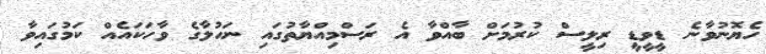
ހެޔޮނުވާނެ ޑީވީޑީ ރިލީސް ކުރުމަށް ބާއްވާ އެ ރަސްމިއްޔާތުގައި ނަހުލާގެ ވާހަކައެއް ކަމުގައިވާ